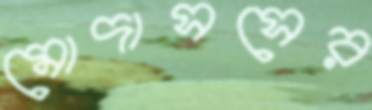
মোদাসসের